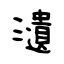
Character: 瀢